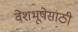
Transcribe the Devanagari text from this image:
वेशभूषेसाठी